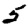
Digit: 5